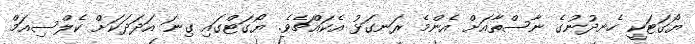
ޔޯގަޓަކީ ހެނދުނުގެ ނާސްތާއަށް އެންމެ ރަނގަޅު އެކައްޗެވެ. ޔޯގަޓްގައި ގިނަ އަދަދަކަށް ކެލްސިއަމް